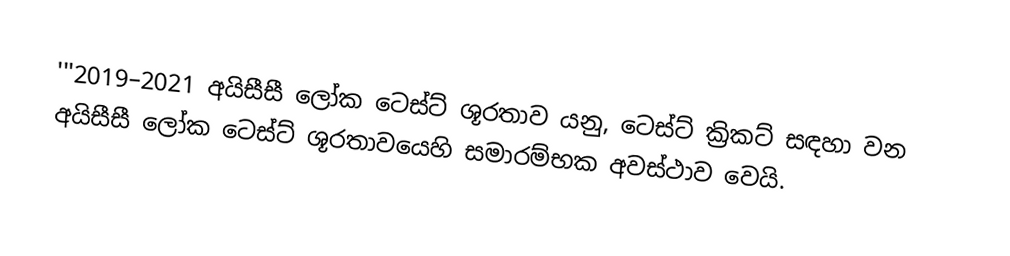
'''2019–2021 අයිසීසී  ලෝක ටෙස්ට් ශූරතාව යනු,  ටෙස්ට් ක්‍රිකට් සඳහා වන  අයිසීසී ලෝක ටෙස්ට් ශූරතාවයෙහි සමාරම්භක අවස්ථාව වෙයි.